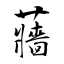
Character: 蘠